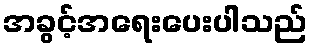
အခွင့်အရေးပေးပါသည်